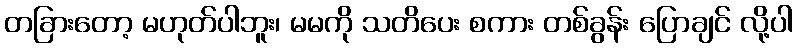
တခြားတော့ မဟုတ်ပါဘူး၊ မမကို သတိပေး စကား တစ်ခွန်း ပြောချင် လို့ပါ